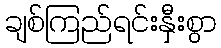
ချစ်ကြည်ရင်းနှီးစွာ